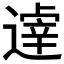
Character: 𲅮